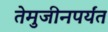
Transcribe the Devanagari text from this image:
तेमुजीनपर्यंत